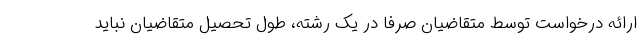
ارائه درخواست توسط متقاضیان صرفا در یک رشته، طول تحصیل متقاضیان نباید